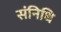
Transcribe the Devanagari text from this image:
संनिधि